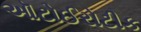
ઑટોઈરોટીક